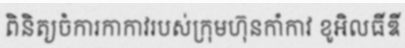
ពិនិត្យចំការកាកាវរបស់ក្រុមហ៊ុនកាំកាវ ខូអិលធីឌី